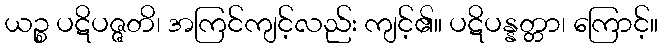
ယဉ္စ ပဋိပဇ္ဇတိ၊ အကြင်ကျင့်လည်း ကျင့်၏။ ပဋိပန္နတ္တာ၊ ကြောင့်။